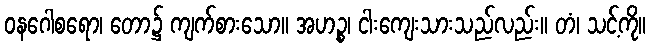
ဝနဂေါစရော၊ တော၌ ကျက်စားသော။ အဟဉ္စ၊ ငါးကျေးသားသည်လည်း။ တံ၊ သင့်ကို။